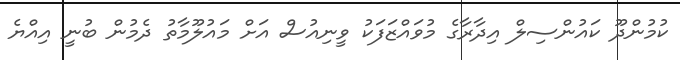
ކުމުންދޫ ކައުންސިލް އިދާރާގެ މުވައްޒަފަކު ވީނިއުސް އަށް މައުލޫމާތު ދެމުން ބުނީ އިއްޔެ